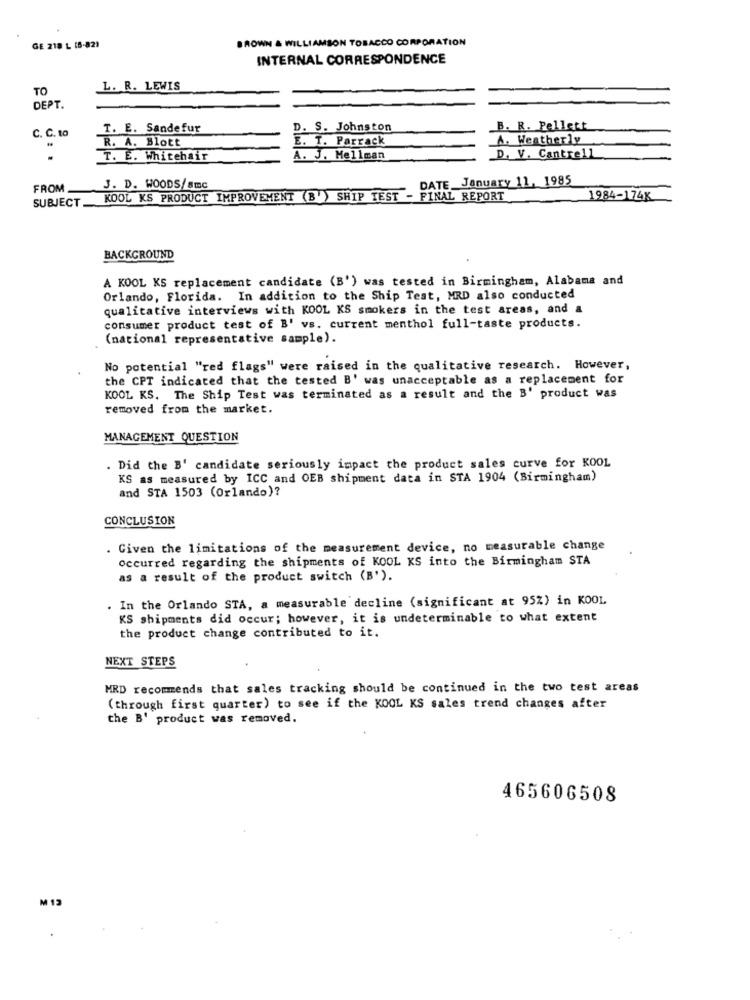
BROWN & WILLIAMSON TOBACCO CORPORATION
GE 218 L (5-82)
INTERNAL CORRESPONDENCE
TO
L. R. LEWIS
DEPT.
T. E. Sandefur
D. S. Johnston
B. R. Pellett
C. C. to
R. A. Blott
E. T. Parrack
A. Weatherly
T. E. Whitehair
A. J. Mellman
D. V. Cantrell
FROM
KOOL KS PRODUCT IMPROVEMENT (B ) SHIP TEST _ DATE- January 11, 1985
J. D. WOODS/Smc
SUBJECT.
FINAL REPORT
1984-174x
BACKGROUND
A KOOL KS replacement candidate (B') was tested in Birmingham, Alabama and
Orlando, Florida. In addition to the Ship Test, MRD also conducted
qualitative interviews with KOOL KS smokers in the test areas, and a
consumer product test of B' vs. current menthol full-taste products.
(national representative sample).
No potential "red flags" were raised in the qualitative research. However,
the CPT indicated that the tested B' was unacceptable as a replacement for
KOOL KS. The Ship Test was terminated as a result and the B' product was
removed from the market.
MANAGEMENT QUESTION
Did the B' candidate seriously impact the product sales curve for KOOL
KS as measured by ICC and OEB shipment data in STA 1904 (Birmingham)
and STA 1503 (Orlando)?
CONCLUSION
. Given the limitations of the measurement device, no measurable change
occurred regarding the shipments of KOOL KS into the Birmingham STA
as a result of the product switch (B').
. In the Orlando STA, a measurable decline (significant at 95%) in KOOL
KS shipments did occur; however, it is undeterminable to what extent
the product change contributed to it.
NEXT STEPS
HRD recommends that sales tracking should be continued in the two test areas
(through first quarter) to see if the KOOL KS sales trend changes after
the B' product was removed.
465606508
M 13